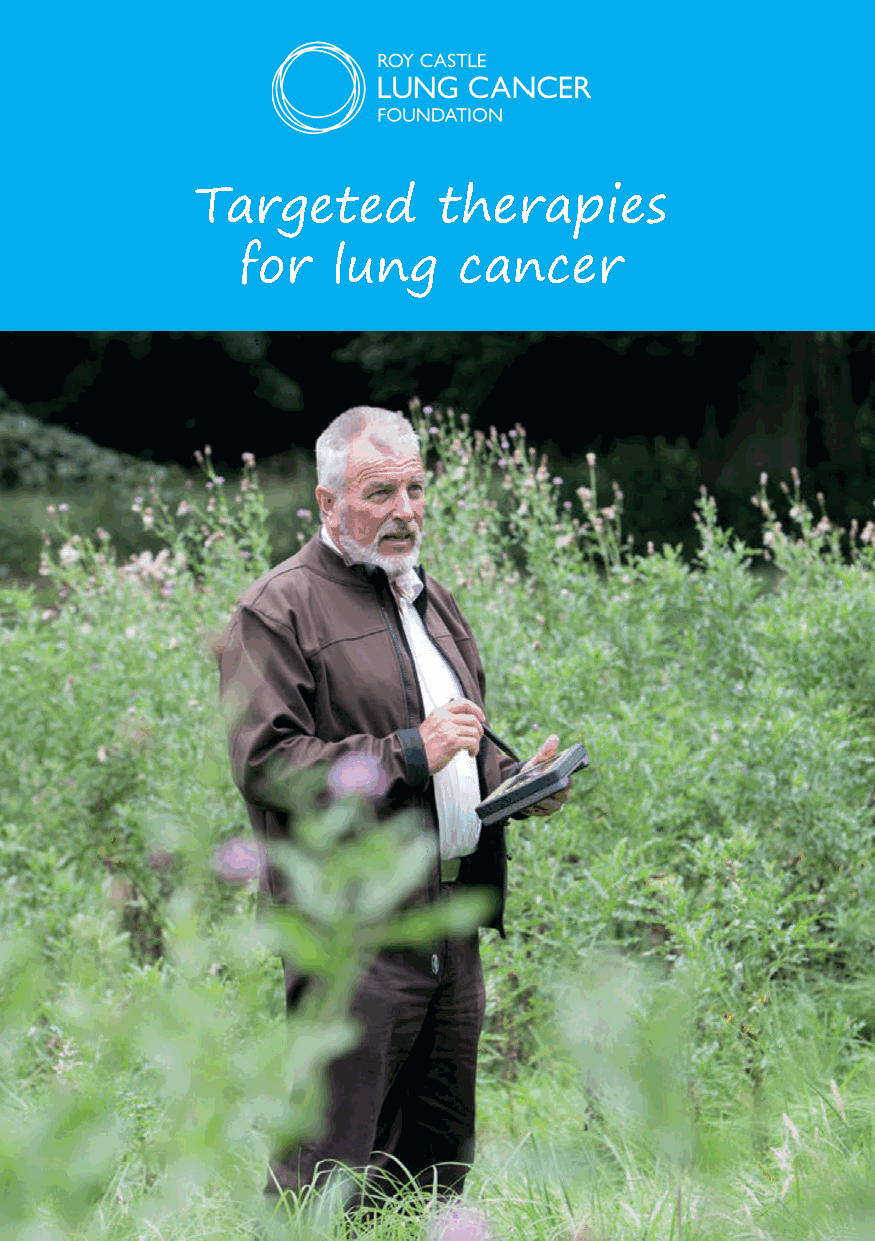
Targeted        therapies
 for   lung    cancer
 Targeted therapies for lung cancer 1